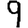
Digit: 9